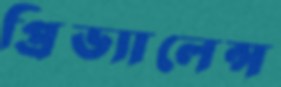
প্রিভ্যালেন্স